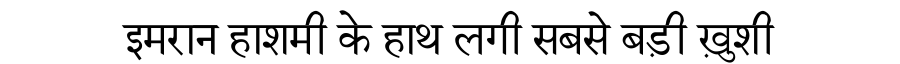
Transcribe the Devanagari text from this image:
इमरान हाशमी के हाथ लगी सबसे बड़ी ख़ुशी